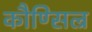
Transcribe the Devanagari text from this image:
कौण्सिल्र